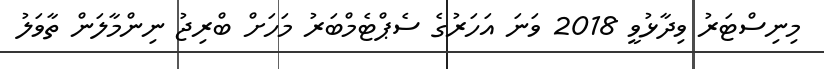
މިނިސްޓަރު ވިދާޅުވީ 2018 ވަނަ އަހަރުގެ ސެޕްޓެމްބަރު މަހަށް ބްރިޖު ނިންމާލަން ތާވަލު